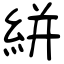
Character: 絣